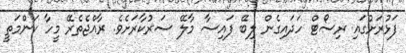
ފަޅުރަށުގައި ރިސޯޓް ހަދައިގެން ލިބޭ ފައިސާ މާލޭ ސަރުކާރަށެވެ. ރާއްޖެތެރޭ މީހާ ކަންމަތީ